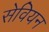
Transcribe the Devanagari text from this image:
सेवियन